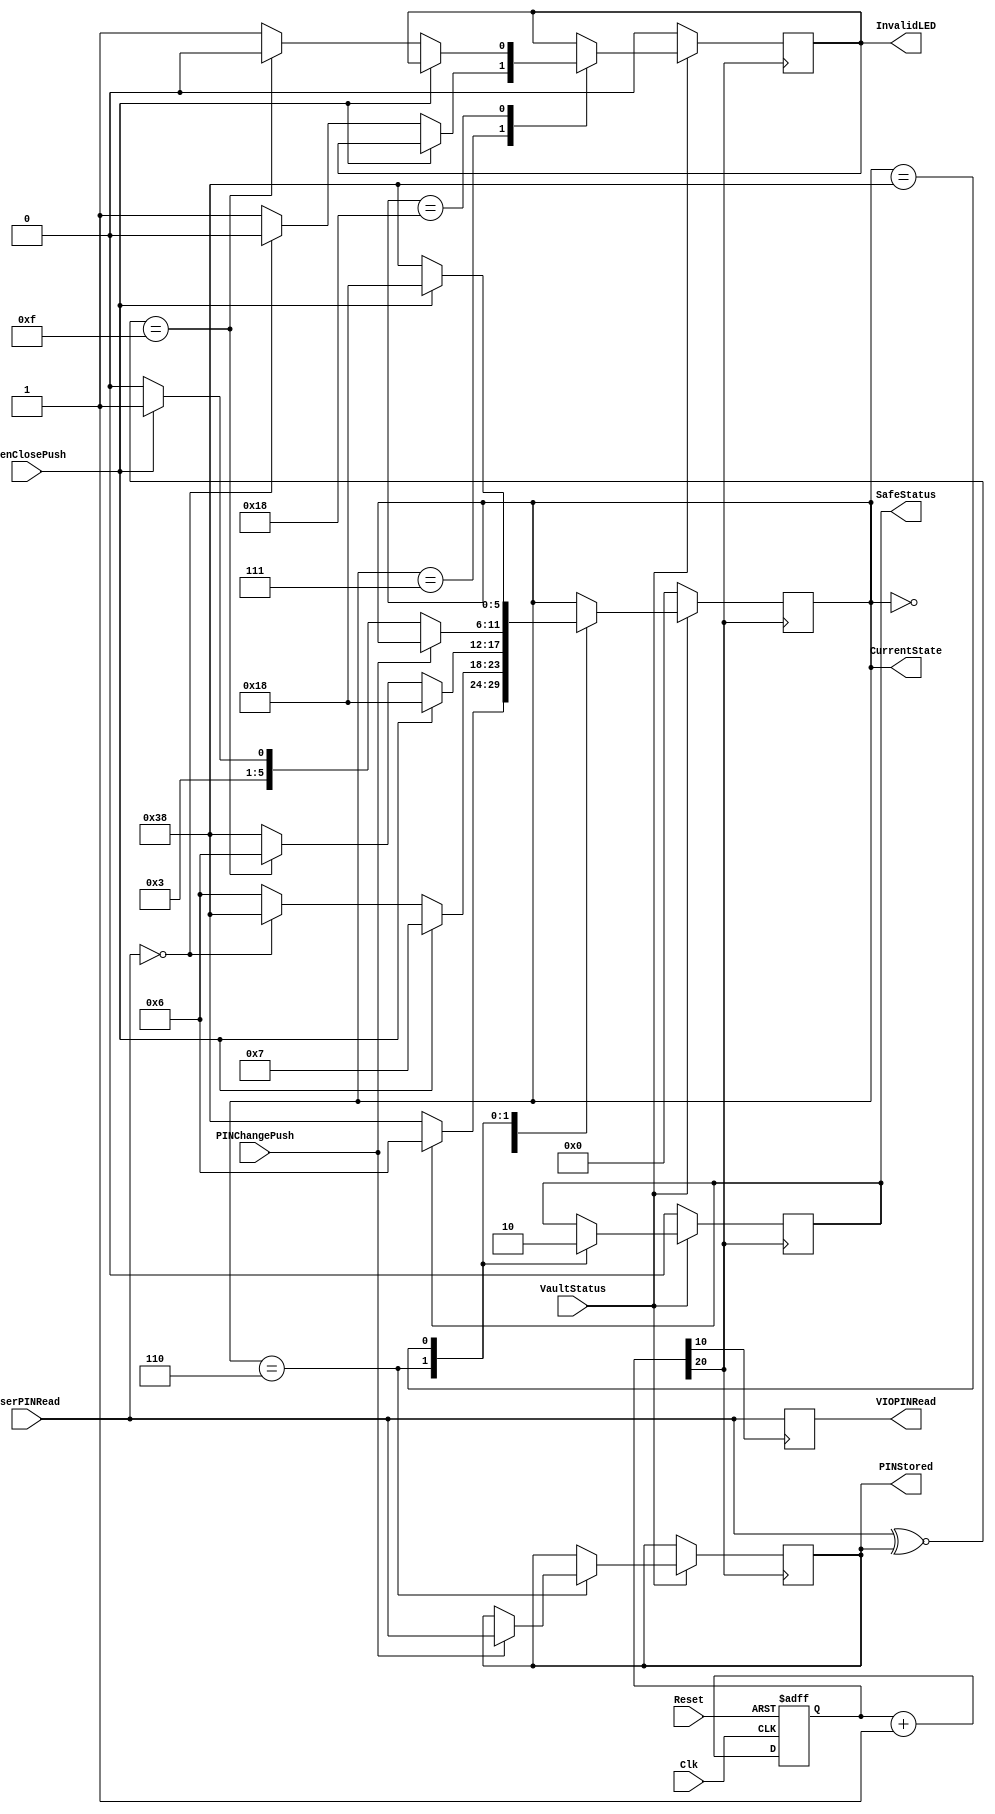
`timescale 1ns / 1ps
//////////////////////////////////////////////////////////////////////////////////
// Company: 
// Engineer: 
// 
// Design Name: 
// Module Name: SafeModule
// Project Name: 
// Target Devices: 
// Tool Versions: 
// Description: 
// 
// Dependencies: 
// 
// Revision:
// Revision 0.01 - File Created
// Additional Comments:
// 
//////////////////////////////////////////////////////////////////////////////////

module SafeModule(
    input Clk, //Basic Sampling ClockSource
    input Reset,
    input VaultStatus, //Holds the vaultStatus in conjucture with vault module
    output reg SafeStatus, //Holds the Safe Status OPENED/CLOSED
    input [3:0] UserPINRead, //Slide-switch given by user to enter 4-bit PIN
    output reg [3:0] VIOPINRead,//Output to read into VIO (to monitor user PIN button)
    output reg [3:0] PINStored, // PIN stored in database
    input OpenClosePush, //User push button to initiate open/close safe (during opening-> PIN authententication. during closing-> PIN updation)
    input PINChangePush, //Push to entry new PIN into database
    output reg InvalidLED,//User enters invalid PIN / any invalidity
    output reg [5:0]CurrentState //temp deleted after tb
    );
    reg [20:0] ClockSource;
always@(posedge Clk,posedge Reset)
   begin
       if(Reset==1)
         ClockSource<=0;
       else
        ClockSource=ClockSource+1;
    end
    
    /* Finite states defined as parameters */
    parameter CheckSafe=6'b000000, WaitingForPIN=6'b001000, ValidateOpen=6'b011000, SafeClosed=6'b111000,
    PINSucceed=6'b000100, SafeOpened=6'b000110, ValidateClose=6'b000111;
    //reg [5:0]CurrentState;
    
    /*Some local variables*/
    reg InvalidLED_Status;
    reg dummyLatchOpenCloseButton, dummyLatchPINChangeButton;
    
    /*Password stored - init to 0000*/
    initial begin
    PINStored=4'b1010;
    SafeStatus=1'b0;
    InvalidLED=1'b0;
    CurrentState=4'b0000;
    dummyLatchOpenCloseButton=1'b0;
    dummyLatchPINChangeButton=1'b0;
    end
    
    always @(posedge ClockSource[20])
    begin
          if(VaultStatus==1'b1)begin // Vault is OPEN
            case(CurrentState)
                CheckSafe: // Checks the SafeStatus and transitions to either opened/closed branch
                            if(SafeStatus==1'b0)begin //Safe=CLOSED
                                CurrentState=SafeClosed;
                            end
                            else CurrentState=SafeOpened; //Safe=OPENED
                            
                ValidateClose:
                            if(OpenClosePush==1'b1)begin CurrentState=ValidateClose; end // to latch till push button released
                            else begin
                                #10000000;// wait for 10-100mS for debouncing push button
                                if(UserPINRead == 4'b0000)begin // Switches are resetted
                                    InvalidLED=1'b0;
                                    CurrentState=SafeClosed; // Close safe
                                end
                                else begin//switches not resetted all 0000
                                    InvalidLED=1'b1; 
                                    CurrentState=SafeOpened;
                                end
                            end
                ValidateOpen:
                            if(OpenClosePush==1'b1)begin CurrentState=ValidateOpen; end // to latch till push button released
                            else begin
                                #10000000;// wait for 10-100mS for debouncing push button
                                if((UserPINRead ~^ PINStored) == 4'b1111)begin // Pin matched
                                    InvalidLED=1'b0;
                                    CurrentState=SafeOpened;
                                end
                                else begin//Pin Failed
                                    InvalidLED=1'b1; 
                                    CurrentState=SafeClosed;
                                end
                            end
                SafeOpened: begin// Safe is Opened -> check for new PIN change or close safe seq
                            SafeStatus=1'b1;
                            if(PINChangePush==1'b0) begin
                                if(OpenClosePush==1'b0)CurrentState=SafeOpened;
                                else begin
                                    #10000000;// wait for 10-100mS for debouncing push button
                                    CurrentState=ValidateClose;
                                    //dummyLatchOpenCloseButton=1'b1; // to latch till push button released
                                end
                            end
                            else begin
                                #10000000;// wait for 10-100mS for debouncing push button
                                PINStored<=UserPINRead;
                            end
                            end
                SafeClosed: begin // If safe is Closed -> check for PIN entry to open safe
                            SafeStatus=1'b0;
                            if(OpenClosePush==1'b0) CurrentState=SafeClosed;
                            else begin
                                #10000000;// wait for 10-100mS for debouncing push button
                                CurrentState=ValidateOpen;
                            end    
                            end
            endcase 
          
          end
          else begin // Vault is CLOSED
            CurrentState=CheckSafe;// Idle state of Safe FSM
            InvalidLED=1'b0;
            SafeStatus=1'b0;
          end
        
    end
    
    always @(posedge ClockSource[10])begin //This piece would copy the input USER PIN to VIORead.
        VIOPINRead<=UserPINRead;
    end
    
endmodule